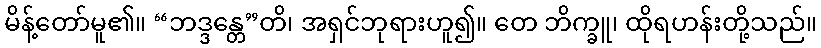
မိန့်တော်မူ၏။ “ဘဒ္ဒန္တေ”တိ၊ အရှင်ဘုရားဟူ၍။ တေ ဘိက္ခူ၊ ထိုရဟန်းတို့သည်။